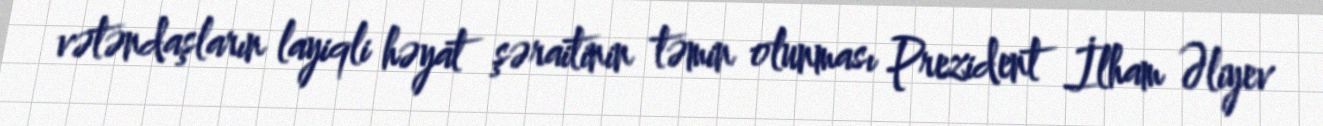
vətəndaşların layiqli həyat şəraitinin təmin olunması Prezident İlham Əliyev